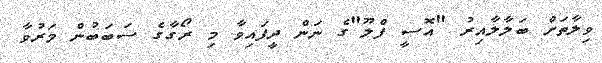
ވިލާތަށް ބަލާލާއިރު "އޮސީ ފްލޫ"ގެ ނަން ދީފައިވާ މި ރޯގާގެ ސަބަބުން މަރުވާ